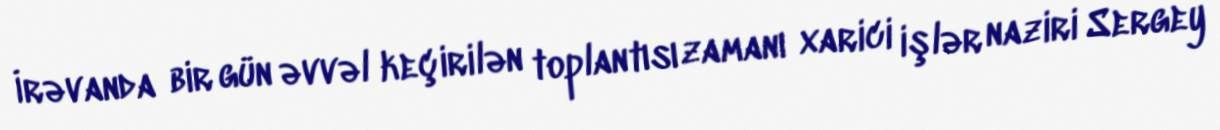
İrəvanda bir gün əvvəl keçirilən toplantısı zamanı xarici işlər naziri Sergey